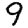
Digit: 9